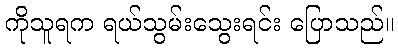
ကိုသူရက ရယ်သွမ်းသွေးရင်း ပြောသည်။